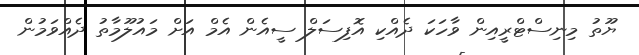
ޔޫތު މިނިސްޓްރީއިން ވާހަކަ ދެއްކި އޮފިސަލް ސީއެން އެމް އަށް މައުލޫމާތު ދެއްވަމުން